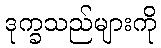
ဒုက္ခသည်များကို